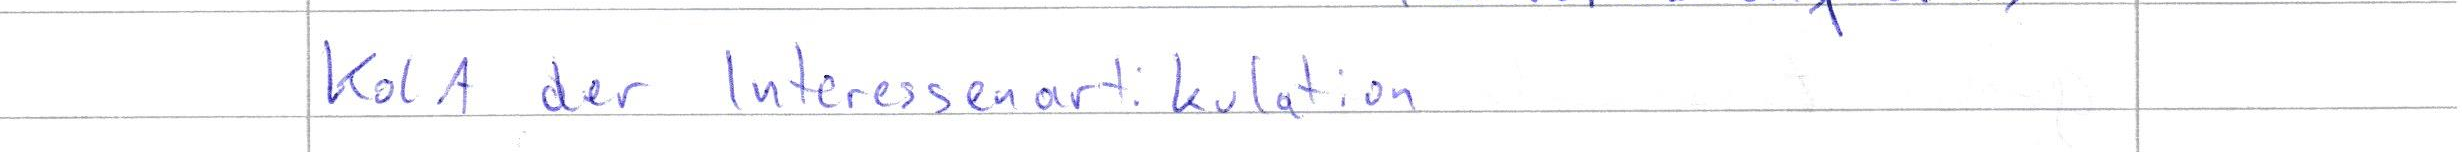
Kol A der Interessenartikulation